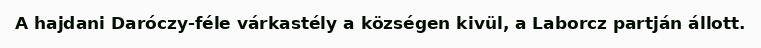
A hajdani Daróczy-féle várkastély a községen kivül, a Laborcz partján állott.